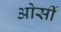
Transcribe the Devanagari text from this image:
ओर्सी